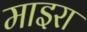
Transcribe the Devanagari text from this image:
माइरा